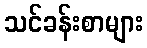
သင်ခန်းစာများ